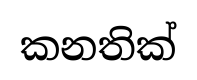
කනතික්